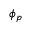
\phi _ { p }